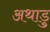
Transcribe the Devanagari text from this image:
अथाडु